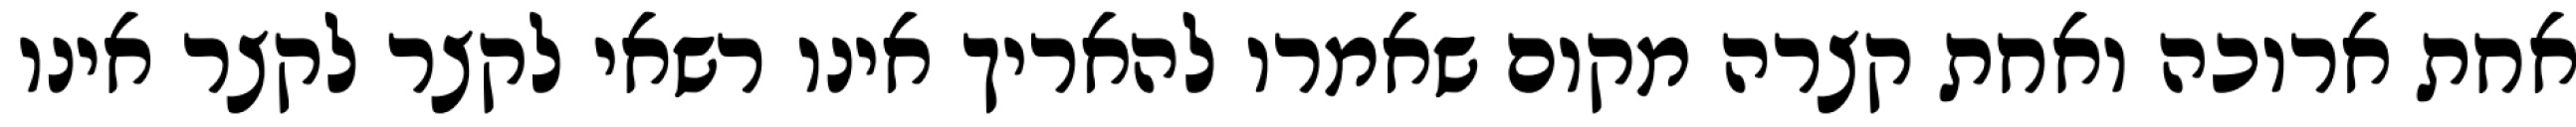
אחת ארוכה ואחת קצרה מקום שאמרו להאריך אינו רשאי לקצר לקצר אינו